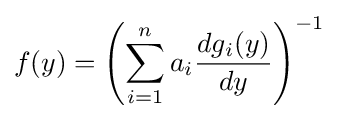
f(y)=\left(\sum _{i=1}^{n}a_{i}{{dg_{i}(y)} \over {dy}}\right)^{-1}